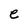
Character: e